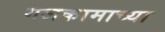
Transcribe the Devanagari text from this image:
गजकामाच्या